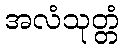
အလံသုတ္တံ